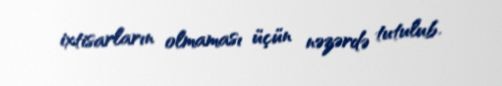
ixtisarların olmaması üçün nəzərdə tutulub.